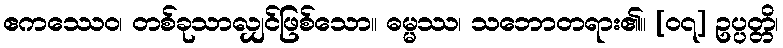
ဧကဿေဝ၊ တစ်ခုသာလျှင်ဖြစ်သော။ ဓမ္မဿ၊ သဘောတရား၏။ [၀၇] ဥပ္ပတ္တိ၊